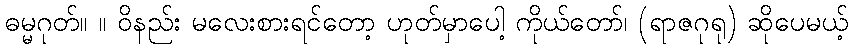
ဓမ္မဂုတ်။ ။ ဝိနည်း မလေးစားရင်တော့ ဟုတ်မှာပေါ့ ကိုယ်တော်၊ (ရာဇဂုရု) ဆိုပေမယ့်